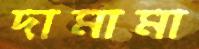
দামামা